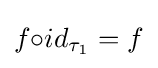
f{\circ }id_{\tau _{1}}=f